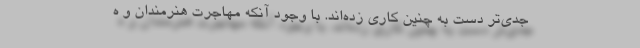
جدی‌تر دست به چنین کاری زده‌اند. با وجود آنکه مهاجرت هنرمندان و ه